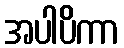
အပါပိကာ